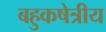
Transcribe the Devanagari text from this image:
बहुकषेत्रीय